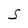
Character: S